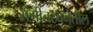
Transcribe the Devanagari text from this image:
संगीतरचनेतील